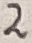
Text: 2